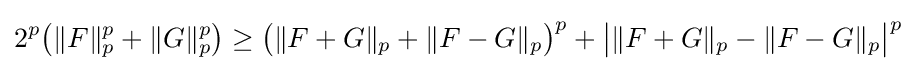
2^{p}{\big (}\|F\|_{p}^{p}+\|G\|_{p}^{p}{\big )}\geq {\big (}\|F+G\|_{p}+\|F-G\|_{p}{\big )}^{p}+{\big |}\|F+G\|_{p}-\|F-G\|_{p}{\big |}^{p}